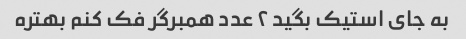
به جای استیک بگید ۲ عدد همبرگر فک کنم بهتره